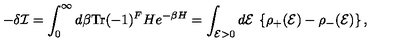
- \delta { \cal I } = \int _ { 0 } ^ { \infty } d \beta \mathrm { T r } ( - 1 ) ^ { F } H e ^ { - \beta H } = \int _ { { \cal E } > 0 } d { \cal E } \: \left\{ \rho _ { + } ( { \cal E } ) - \rho _ { - } ( { \cal E } ) \right\} ,